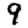
Digit: 9